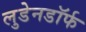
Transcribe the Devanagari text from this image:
लुडेनडॉर्फ